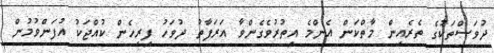
ދުވަސްތަކުގެ ތެރެއިން މާތްކަން އެންްމެ އިތުރުވެގެންވާ އަރަފާތު ދުވަހު ފިރިހެން ކުއްޖަކު އުފަންވުމުން